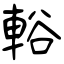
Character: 輍